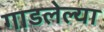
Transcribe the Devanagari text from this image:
गाडलेल्या